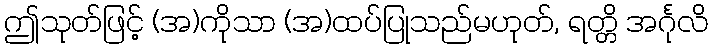
ဤသုတ်ဖြင့် (အ)ကိုသာ (အ)ထပ်ပြုသည်မဟုတ်, ရတ္တိ အင်္ဂုလိ